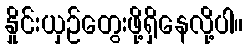
နှိုင်းယှဉ်တွေးဖို့ရှိနေလို့ပါ။